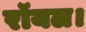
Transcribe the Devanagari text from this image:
रॉयल।